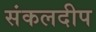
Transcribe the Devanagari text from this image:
संकलदीप